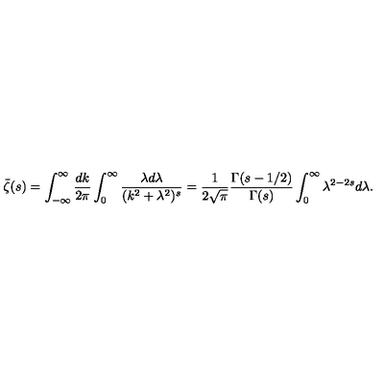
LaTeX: \bar { \zeta } ( s ) = \int _ { - \infty } ^ { \infty } \frac { d k } { 2 \pi } \int _ { 0 } ^ { \infty } \frac { \lambda d \lambda } { ( k ^ { 2 } + \lambda ^ { 2 } ) ^ { s } } = \frac { 1 } { 2 \sqrt { \pi } } \frac { \Gamma ( s - 1 / 2 ) } { \Gamma ( s ) } \int _ { 0 } ^ { \infty } \lambda ^ { 2 - 2 s } d \lambda { . }